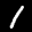
Label: 1